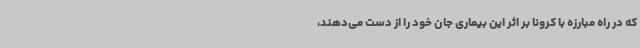
که در راه مبارزه با کرونا بر اثر این بیماری جان خود را از دست می‌دهند،